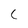
Character: C